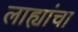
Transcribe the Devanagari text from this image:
लाह्यांचा